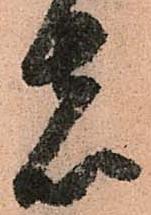
者